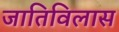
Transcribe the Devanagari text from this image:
जातिविलास